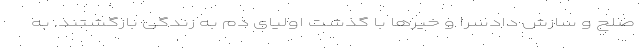
صلح و سازش دادسرا و خیرها با گذشت اولیای دم به زندگی بازگشتند. به